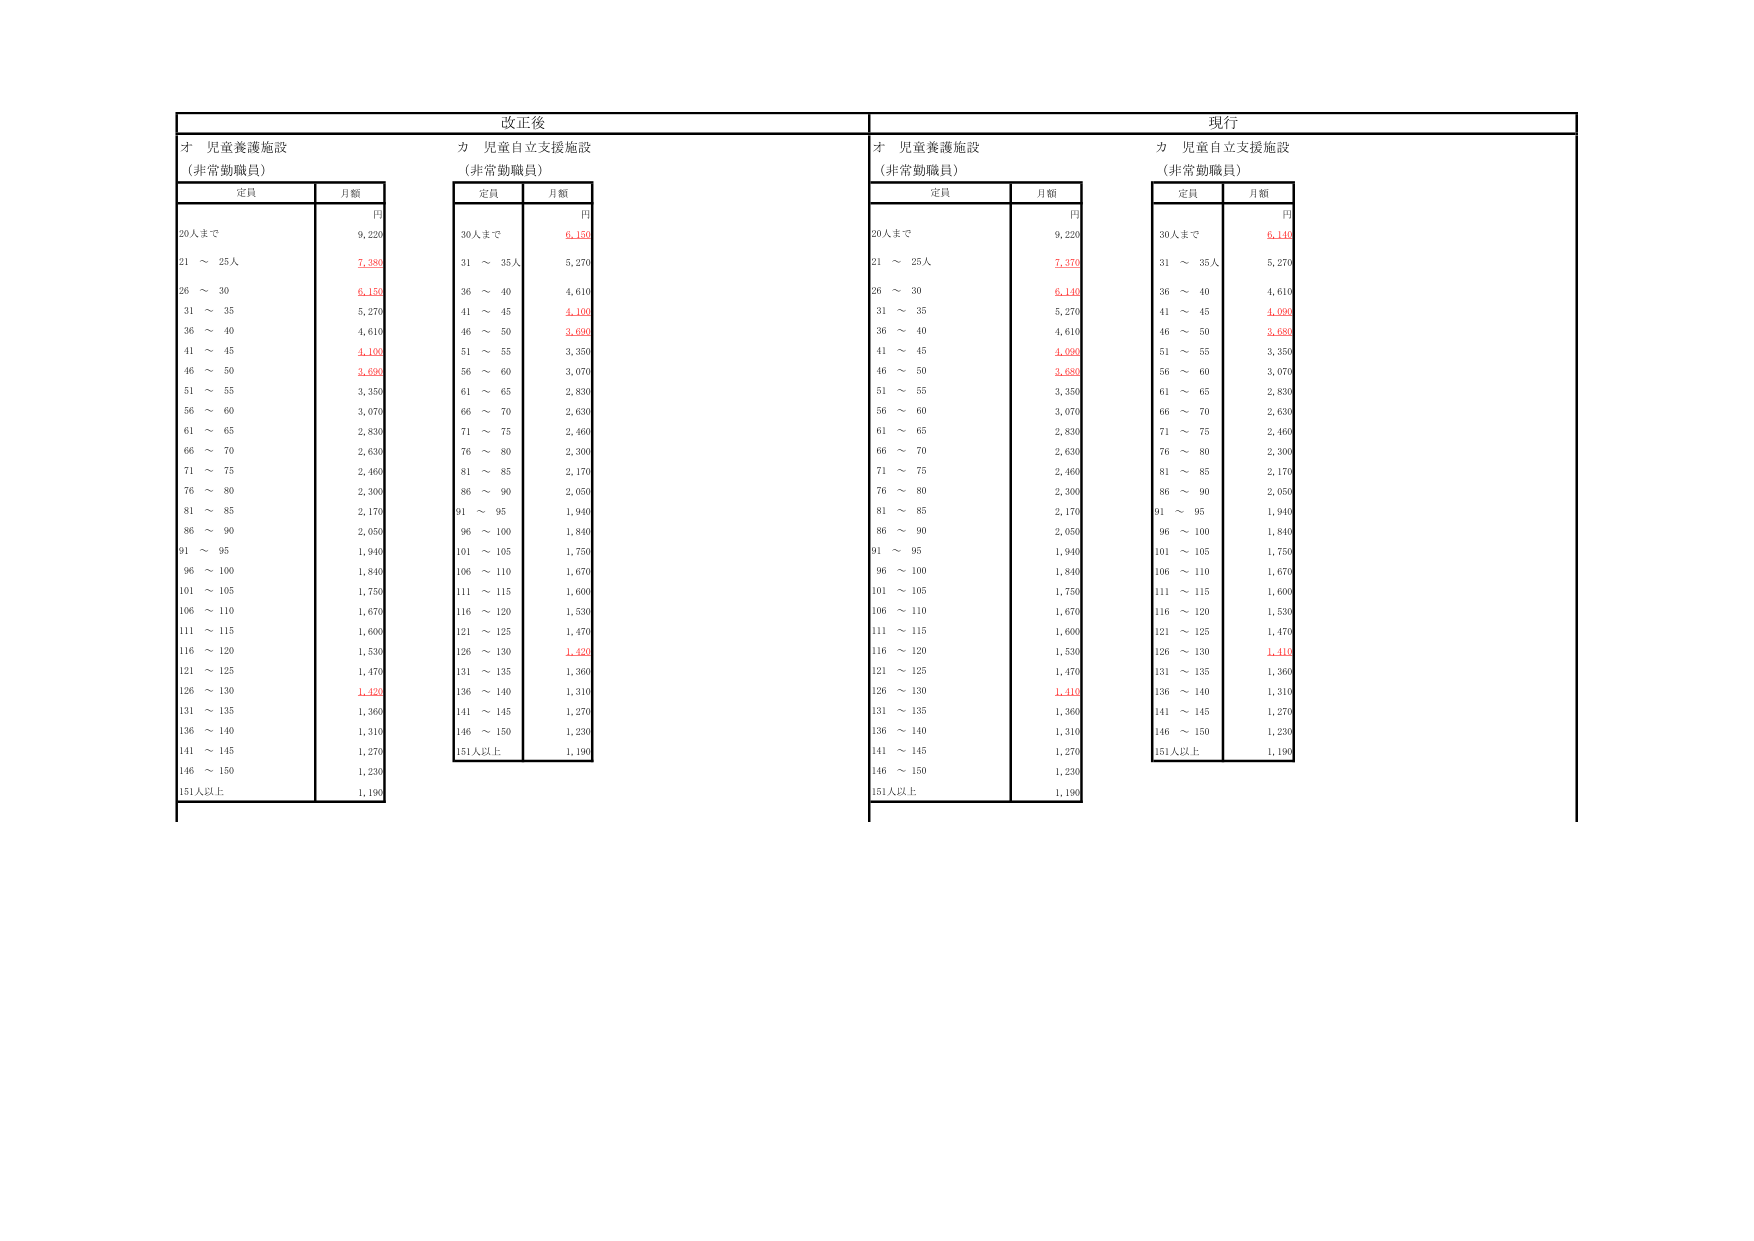
改正後
才 児童養護施設
（非常勤職員）
定員
月額
円
20人まで
9,220
21 ～ 25人
7,380
26 ～ 30
6,150
31 ～ 35
5,270
36 ～ 40
4,610
41 ～ 45
4,100
46 ～ 50
3,690
51 ～ 55
3,350
56 ～ 60
3,070
61 ～ 65
2,830
66 ～ 70
2,630
71 ～ 75
2,460
76 ～ 80
2,300
81 ～ 85
2,170
86 ～ 90
2,050
91 ～ 95
1,940
96 ～ 100
1,840
101 ～ 105
1,750
106 ～ 110
1,670
111 ～ 115
1,600
116 ～ 120
1,530
121 ～ 125
1,470
126 ～ 130
1,420
131 ～ 135
1,360
136 ～ 140
1,310
141 ～ 145
1,270
146 ～ 150
1,230
151人以上
1,190
力 児童自立支援施設
（非常勤職員）
定員
月額
円
30人まで
6,150
31 ～ 35人
5,270
36 ～ 40
4,610
41 ～ 45
4,100
46 ～ 50
3,690
51 ～ 55
3,350
56 ～ 60
3,070
61 ～ 65
2,830
66 ～ 70
2,630
71 ～ 75
2,460
76 ～ 80
2,300
81 ～ 85
2,170
86 ～ 90
2,050
91 ～ 95
1,940
96 ～ 100
1,840
101 ～ 105
1,750
106 ～ 110
1,670
111 ～ 115
1,600
116 ～ 120
1,530
121 ～ 125
1,470
126 ～ 130
1,420
131 ～ 135
1,360
136 ～ 140
1,310
141 ～ 145
1,270
146 ～ 150
1,230
151人以上
1,190
現行
才 児童養護施設
（非常勤職員）
定員
月額
円
20人まで
9,220
21 ～ 25人
7,370
26 ～ 30
6,140
31 ～ 35
5,270
36 ～ 40
4,610
41 ～ 45
4,090
46 ～ 50
3,680
51 ～ 55
3,350
56 ～ 60
3,070
61 ～ 65
2,830
66 ～ 70
2,630
71 ～ 75
2,460
76 ～ 80
2,300
81 ～ 85
2,170
86 ～ 90
2,050
91 ～ 95
1,940
96 ～ 100
1,840
101 ～ 105
1,750
106 ～ 110
1,670
111 ～ 115
1,600
116 ～ 120
1,530
121 ～ 125
1,470
126 ～ 130
1,410
131 ～ 135
1,360
136 ～ 140
1,310
141 ～ 145
1,270
146 ～ 150
1,230
151人以上
1,190
力 児童自立支援施設
（非常勤職員）
定員
月額
円
30人まで
6,140
31 ～ 35人
5,270
36 ～ 40
4,610
41 ～ 45
4,090
46 ～ 50
3,680
51 ～ 55
3,350
56 ～ 60
3,070
61 ～ 65
2,830
66 ～ 70
2,630
71 ～ 75
2,460
76 ～ 80
2,300
81 ～ 85
2,170
86 ～ 90
2,050
91 ～ 95
1,940
96 ～ 100
1,840
101 ～ 105
1,750
106 ～ 110
1,670
111 ～ 115
1,600
116 ～ 120
1,530
121 ～ 125
1,470
126 ～ 130
1,410
131 ～ 135
1,360
136 ～ 140
1,310
141 ～ 145
1,270
146 ～ 150
1,230
151人以上
1,190